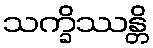
သက္ခိဿန္တိ